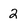
Character: 2